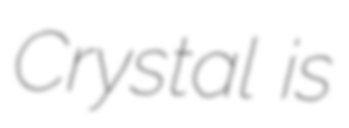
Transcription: Crystal is